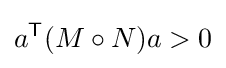
a^{\textsf {T}}(M\circ N)a>0